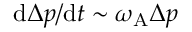
\mathrm { d } \Delta p / \mathrm { d } t \sim \omega _ { \mathrm { A } } \Delta p